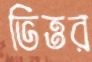
ভিত্তর